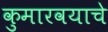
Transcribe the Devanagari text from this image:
कुमारवयाचे